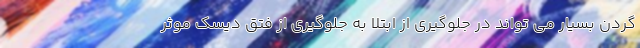
گردن بسیار می تواند در جلوگیری از ابتلا به جلوگیری از فتق دیسک موثر